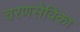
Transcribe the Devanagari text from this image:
चरणसेविका